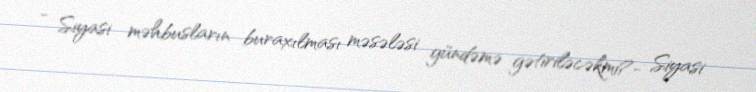
- Siyasi məhbusların buraxılması məsələsi gündəmə gətiriləcəkmi?- Siyasi